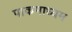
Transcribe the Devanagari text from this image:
पाकमाध्यम